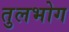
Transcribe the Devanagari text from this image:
तुलभोग